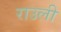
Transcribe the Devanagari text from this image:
राउली